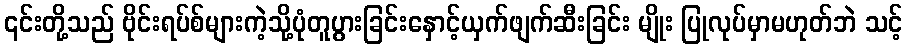
၎င်းတို့သည် ဗိုင်းရပ်စ်များကဲ့သို့ပုံတူပွားခြင်းနှောင့်ယှက်ဖျက်ဆီးခြင်း မျိုး ပြုလုပ်မှာမဟုတ်ဘဲ သင့်